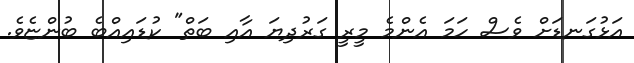
އަޅުގަނޑަށް ވެސް ހަމަ އެންމެ މީރީ ގަރުދިޔަ އާއި ބަތް" ކުޑައިއްބެ ބުންޏެވެ.